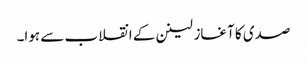
صدی کا آغاز لینن کے انقلاب سے ہوا۔